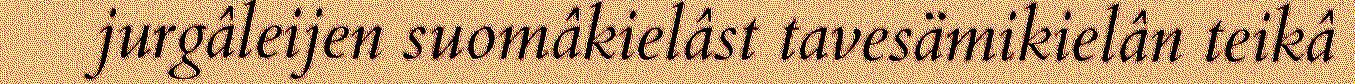
jurgâleijen suomâkielâst tavesämikielân teikâ